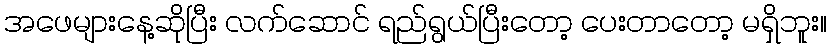
အဖေများနေ့ဆိုပြီး လက်ဆောင် ရည်ရွယ်ပြီးတော့ ပေးတာတော့ မရှိဘူး။